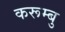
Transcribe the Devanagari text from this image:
करूम्बु